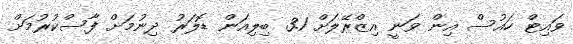
ވައިޓް ހައުސް އިން ވަނީ އިޒްރޭލަށް 3.1 ބިލިއަން ޑޮލަރު ދިނުމަށް ފާސްކުރުމަށް